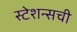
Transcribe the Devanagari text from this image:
स्टेशन्सची